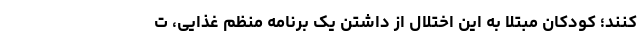
کنند؛ کودکان مبتلا به این اختلال از داشتن یک برنامه منظم غذایی، ت